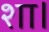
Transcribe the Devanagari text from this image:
शा।